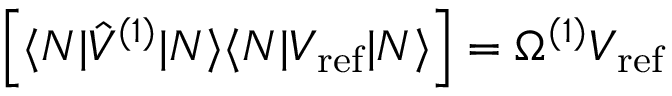
\left[ \langle N | \hat { V } ^ { ( 1 ) } | N \rangle \langle N | V _ { \mathrm { r e f } } | N \rangle \right] = \Omega ^ { ( 1 ) } V _ { \mathrm { r e f } }